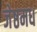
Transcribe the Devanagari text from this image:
जेष्ठमध